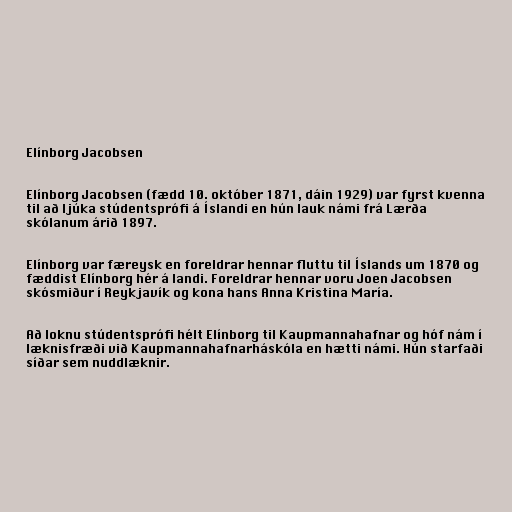
Elínborg Jacobsen

Elínborg Jacobsen (fædd 10. október 1871, dáin 1929) var fyrst kvenna
til að ljúka stúdentsprófi á Íslandi en hún lauk námi frá Lærða
skólanum árið 1897.

Elínborg var færeysk en foreldrar hennar fluttu til Íslands um 1870 og
fæddist Elínborg hér á landi. Foreldrar hennar voru Joen Jacobsen
skósmiður í Reykjavík og kona hans Anna Kristina María.

Að loknu stúdentsprófi hélt Elínborg til Kaupmannahafnar og hóf nám í
læknisfræði við Kaupmannahafnarháskóla en hætti námi. Hún starfaði
síðar sem nuddlæknir.